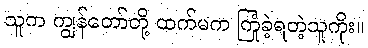
သူက ကျွန်တော်တို့ ထက်မက ကြုံခဲ့ရတဲ့သူကိုး။